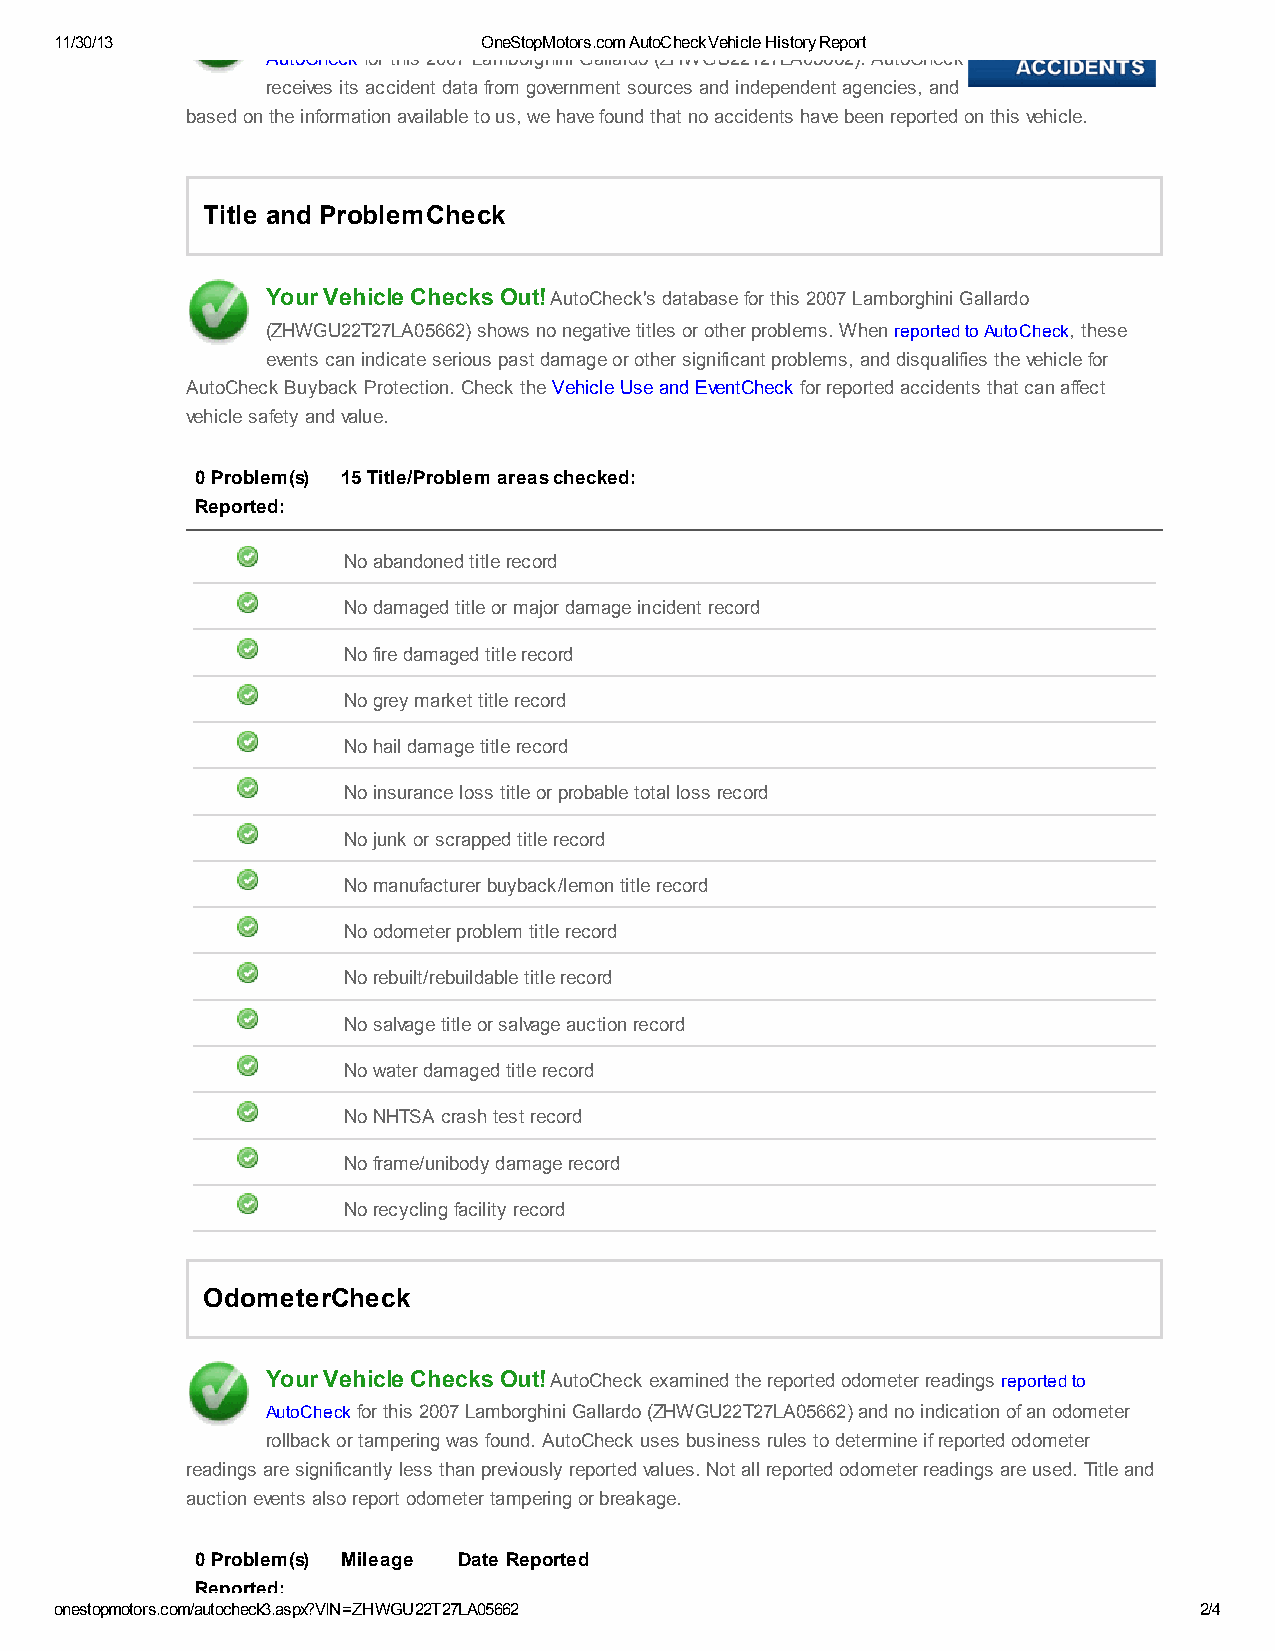
11/30/13                    OneStopMotors.com AutoCheck Vehicle History Report
 AutoCheck for this 2007 Lamborghini Gallardo (ZHWGU22T27LA05662). AutoCheck
 receives its accident data from government sources and independent agencies, and
 based on the information available to us, we have found that no accidents have been reported on this vehicle.
 Title and ProblemCheck
 Your Vehicle Checks Out! AutoCheck's database for this 2007 Lamborghini Gallardo
 (ZHWGU22T27LA05662) shows no negative titles or other problems. When reported to AutoCheck, these
 events can indicate serious past damage or other significant problems, and disqualifies the vehicle for
 AutoCheck Buyback Protection. Check the Vehicle Use and EventCheck for reported accidents that can affect
 vehicle safety and value.
 0 Problem(s) 15 Title/Problem areas checked:
 Reported:
 No abandoned title record
 No damaged title or major damage incident record
 No fire damaged title record
 No grey market title record
 No hail damage title record
 No insurance loss title or probable total loss record
 No junk or scrapped title record
 No manufacturer buyback/lemon title record
 No odometer problem title record
 No rebuilt/rebuildable title record
 No salvage title or salvage auction record
 No water damaged title record
 No NHTSA crash test record
 No frame/unibody damage record
 No recycling facility record
 OdometerCheck
 Your Vehicle Checks Out! AutoCheck examined the reported odometer readings reported to
 AutoCheck for this 2007 Lamborghini Gallardo (ZHWGU22T27LA05662) and no indication of an odometer
 rollback or tampering was found. AutoCheck uses business rules to determine if reported odometer
 readings are significantly less than previously reported values. Not all reported odometer readings are used. Title and
 auction events also report odometer tampering or breakage.
 0 Problem(s) Mileage Date Reported
 Reported:
 onestopmotors.com/autocheck3.aspx?VIN=ZHWGU22T27LA05662                    2/4